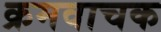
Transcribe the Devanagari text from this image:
क्रमवाचक